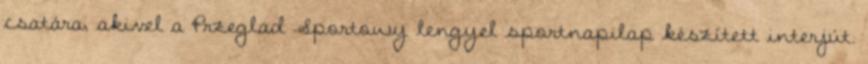
csatára, akivel a Przeglad Sportowy lengyel sportnapilap készített interjút.